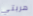
هربتي